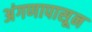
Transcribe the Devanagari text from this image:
अंगणापासून